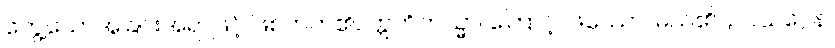
တွေ့သောအခြင်းအရာဖြင့် ဖြစ်တတ်၏။ ဣတိတသ္မာ၊ ကြောင့်။ ဖဿော၊ မည်၏။ ဥပသဂ္ဂေန၊